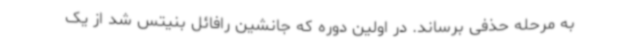
به مرحله حذفی برساند. در اولین دوره که جانشین رافائل بنیتس شد از یک